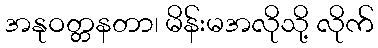
အနုဝတ္တနတာ၊ မိန်းမအလိုသို့ လိုက်